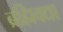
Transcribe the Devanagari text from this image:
ब्रह्मिवद्या